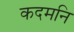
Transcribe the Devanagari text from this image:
कदमनि